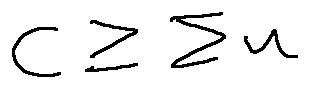
C \geq \sum u